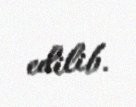
edilib.